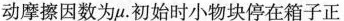
动摩擦因数为μ。初始时小物块停在箱子正